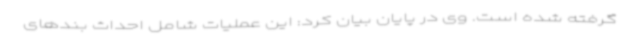
گرفته شده است. وی در پایان بیان کرد: این عملیات شامل احداث بندهای